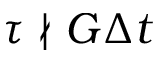
\tau \nmid G \Delta t